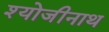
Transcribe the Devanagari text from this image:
श्योजीनाथ